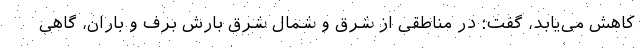
کاهش می‌یابد، گفت: در مناطقی از شرق و شمال شرق بارش برف و باران، گاهی